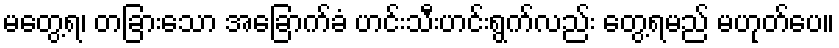
မတွေ့ရ၊ တခြားသော အခြောက်ခံ ဟင်းသီးဟင်းရွက်လည်း တွေ့ရမည် မဟုတ်ပေ။